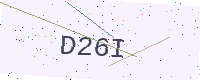
Text: D26I